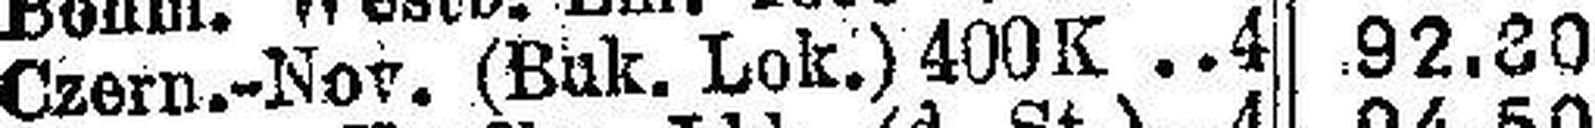
Czern.-Nov. (Buk. Lok.) 400K.4